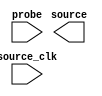
module hps_reset (
	probe,
	source_clk,
	source);

	input	  probe;
	input	  source_clk;
	output	[2:0]  source;

endmodule